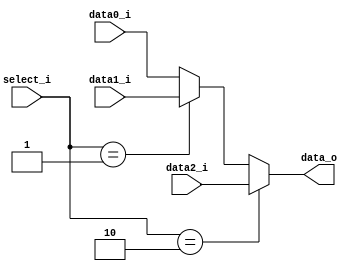
module MUX_3to1(
               data0_i,
               data1_i,
			   data2_i,
               select_i,
               data_o
               );

parameter size = 0;			   
			
//I/O ports               
input   [size-1:0] data0_i;          
input   [size-1:0] data1_i;
input   [size-1:0] data2_i;
input   [1:0]      select_i;
output  [size-1:0] data_o; 

//Internal Signals
reg     [size-1:0] data_o;

//Main function
always@(*)begin
	if(select_i==2) data_o<=data2_i;
	else if(select_i==1) data_o<=data1_i;
	else data_o<=data0_i;
end
endmodule